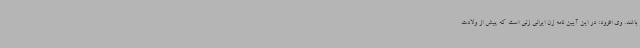
باشد. وی افزود: در این آیین نامه زن ایرانی زنی است که پیش از ولادت